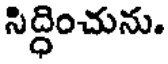
సిద్ధించును.